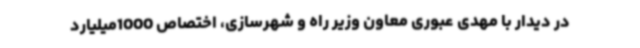
در دیدار با مهدی عبوری معاون وزیر راه و شهرسازی، اختصاص 1000میلیارد